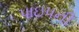
પાઇપની